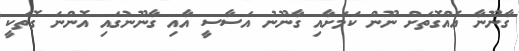
ގާނޫނާ އެއްގޮތަށް ނޫން ކަމަށާއި ގާނޫނު އަސާސީ އާއި ގާނޫނުގައި އޮންނަ ގޮތަކީ